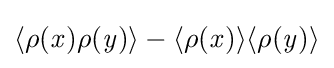
\langle \rho ({\mathit {x}})\rho ({\mathit {y}})\rangle -\langle \rho ({\mathit {x}})\rangle \langle \rho ({\mathit {y}})\rangle